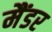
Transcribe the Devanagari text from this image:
मैंडर